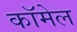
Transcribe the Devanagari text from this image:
कॉमेल